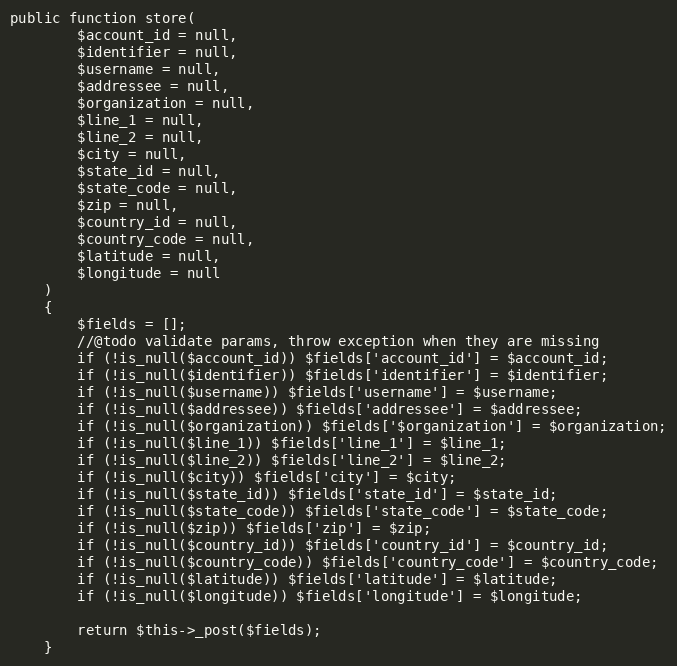
Language: PHP
public function store(
        $account_id = null,
        $identifier = null,
        $username = null,
        $addressee = null,
        $organization = null,
        $line_1 = null,
        $line_2 = null,
        $city = null,
        $state_id = null,
        $state_code = null,
        $zip = null,
        $country_id = null,
        $country_code = null,
        $latitude = null,
        $longitude = null
    )
    {
        $fields = [];
        //@todo validate params, throw exception when they are missing
        if (!is_null($account_id)) $fields['account_id'] = $account_id;
        if (!is_null($identifier)) $fields['identifier'] = $identifier;
        if (!is_null($username)) $fields['username'] = $username;
        if (!is_null($addressee)) $fields['addressee'] = $addressee;
        if (!is_null($organization)) $fields['$organization'] = $organization;
        if (!is_null($line_1)) $fields['line_1'] = $line_1;
        if (!is_null($line_2)) $fields['line_2'] = $line_2;
        if (!is_null($city)) $fields['city'] = $city;
        if (!is_null($state_id)) $fields['state_id'] = $state_id;
        if (!is_null($state_code)) $fields['state_code'] = $state_code;
        if (!is_null($zip)) $fields['zip'] = $zip;
        if (!is_null($country_id)) $fields['country_id'] = $country_id;
        if (!is_null($country_code)) $fields['country_code'] = $country_code;
        if (!is_null($latitude)) $fields['latitude'] = $latitude;
        if (!is_null($longitude)) $fields['longitude'] = $longitude;

        return $this->_post($fields);
    }